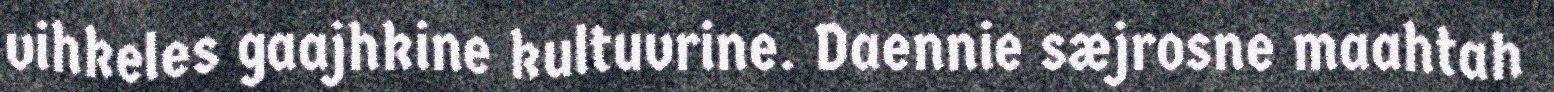
vihkeles gaajhkine kultuvrine. Daennie sæjrosne maahtah